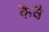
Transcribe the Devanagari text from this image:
कैवै